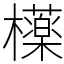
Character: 𣟿